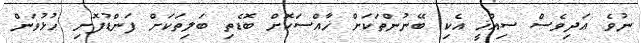
ނުވެ އަދިވެސް ސިއްޚީ އެކި ބޭނުންތަކަށް ޚާއްސަކޮށް ބޮޑެތި ބަލިތަކަށް ފަންޑުފޮށި ހުޅުވަން